Indian journal of veterinary science and animal husbandry - Volumes 24-25, 1954-1955
Year: 1954
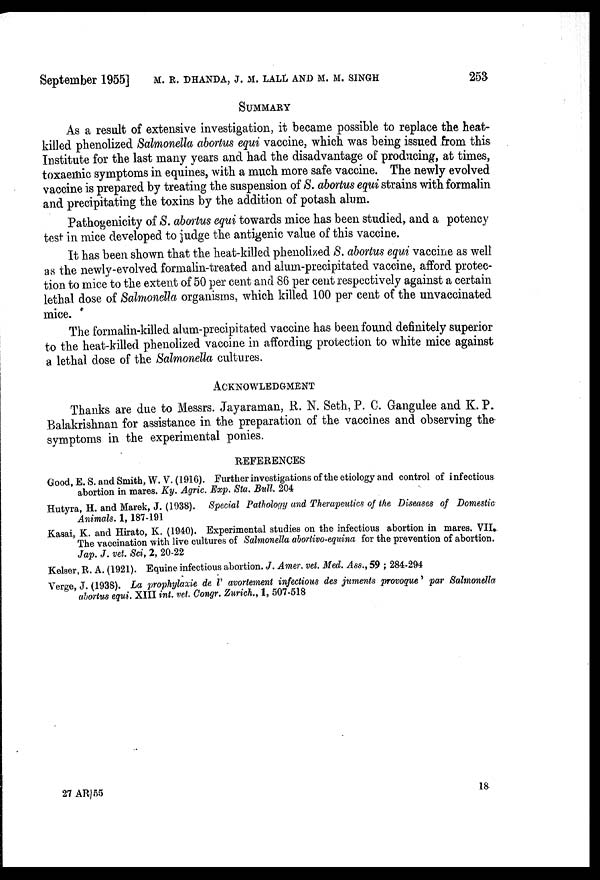
September 1955] M. R. DHANDA, J. M. LALL AND M. M. SINGH 255
SUMMARY
As a result of extensive investigation, it became possible to replace the heat-
killed phenolized Salmonella abortus equi vaccine, which was being issued from this
Institute for the last many years and had the disadvantage of producing, at times,
toxaemic symptoms in equines, with a much more safe vaccine. The newly evolved
vaccine is prepared by treating the suspension of S. abortus equi strains with formalin
and precipitating the toxins by the addition of potash alum.
Pathogenicity of S. abortus equi towards mice has been studied, and a potency
test in mice developed to judge the antigenic value of this vaccine.
It has been shown that the heat-killed phenolized S. abortus equi vaccine as well
as the newly-evolved formalin-treated and alum-precipitated vaccine, afford protec-
tion to mice to the extent of 50 per cent and 86 per cent respectively against a certain
lethal dose of Salmonella organisms, which killed 100 per cent of the unvaccinated
mice.
The formalin-killed alum-precipitated vaccine has been found definitely superior
to the heat-killed phenolized vaccine in affording protection to white mice against
a lethal dose of the Salmonella cultures.
ACKNOWLEDGMENT
Thanks are due to Messrs. Jayaraman, R. N. Seth, P. C. Gangulee and K. P.
Balakrishnan for assistance in the preparation of the vaccines and observing the
symptoms in the experimental ponies.
REFERENCES
Good, E. S. and Smith, W. V. (1916). Further investigations of the etiology and control of infectious
abortion in mares. Ky. Agric. Exp. Sta. Bull. 204
Hutyra, H. and Marek, J. (1938). Special Pathology and Therapeutics of the Diseases of Domestic
Animals. 1, 187-191
Kasai, K. and Hirato, K. (1940). Experimental studies on the infectious abortion in mares. VII.
The vaccination with live cultures of Salmonella abortivo-equina for the prevention of abortion.
Jap. J. vet. Sci, 2, 20-22
Kelser, R. A. (1921). Equine infectious abortion. J. Amer. vet. Med. Ass., 59; 284-294
Verge, J. (1938). La prophylaxie de l' avortement infectious des juments provoque' par Salmonella
abortus equi. XIII int. vet. Congr. Zurich., 1, 507-518
27 AR/55
18